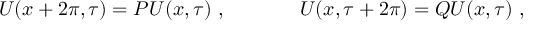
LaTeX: U ( x + 2 \pi , \tau ) = P U ( x , \tau ) ~ , ~ ~ ~ ~ ~ ~ ~ ~ ~ ~ ~ U ( x , \tau + 2 \pi ) = Q U ( x , \tau ) ~ ,